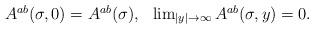
LaTeX: \begin{align*}\begin{array}{lr} A^{ab}(\sigma ,0)=A^{ab}(\sigma ), & \lim_{|y|\rightarrow\infty }A^{ab}(\sigma ,y)=0. \end{array} \end{align*}